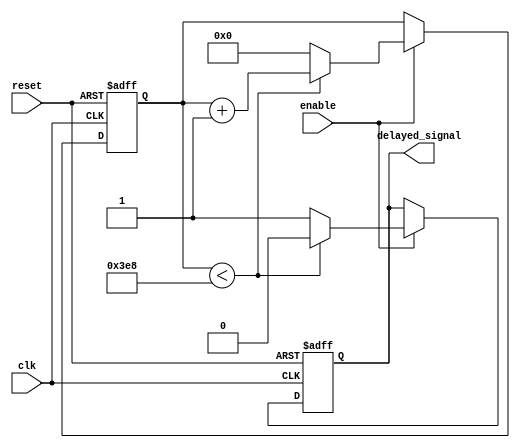
module RC_delay_element (
    input wire clk,
    input wire reset,
    input wire enable,
    output reg delayed_signal
);

reg [15:0] delay_counter;
reg [15:0] delay_value = 16'd1000; // Adjust delay value as needed

always @(posedge clk or posedge reset) begin
    if (reset) begin
        delay_counter <= 16'd0;
        delayed_signal <= 1'b0;
    end else if (enable) begin
        if (delay_counter < delay_value) begin
            delay_counter <= delay_counter + 1;
            delayed_signal <= 1'b0;
        end else begin
            delay_counter <= 16'd0;
            delayed_signal <= 1'b1;
        end
    end
end

endmodule